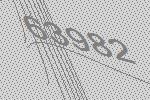
63982